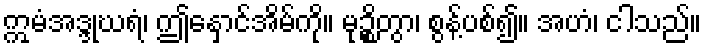
ဣမံအဒ္ဒုဃရံ၊ ဤနှောင်အိမ်ကို။ မုဉ္စိတွာ၊ စွန့်ပစ်၍။ အဟံ၊ ငါသည်။